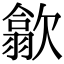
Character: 歙